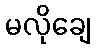
မလိုချေ